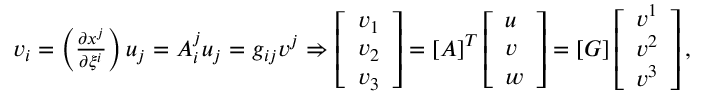
\begin{array} { r } { v _ { i } = \left( \frac { \partial x ^ { j } } { \partial \xi ^ { i } } \right) u _ { j } = A _ { i } ^ { j } u _ { j } = g _ { i j } v ^ { j } \Rightarrow \left[ \begin{array} { l } { v _ { 1 } } \\ { v _ { 2 } } \\ { v _ { 3 } } \end{array} \right] = \left[ \boldsymbol { A } \right] ^ { T } \left[ \begin{array} { l } { u } \\ { v } \\ { w } \end{array} \right] = \left[ \boldsymbol { G } \right] \left[ \begin{array} { l } { v ^ { 1 } } \\ { v ^ { 2 } } \\ { v ^ { 3 } } \end{array} \right] , } \end{array}